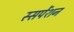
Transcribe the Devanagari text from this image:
स्सपेंशन